NAE_ERA_R-1765_ENSV_Kirjanike_Liit_1945-1955, lk 139
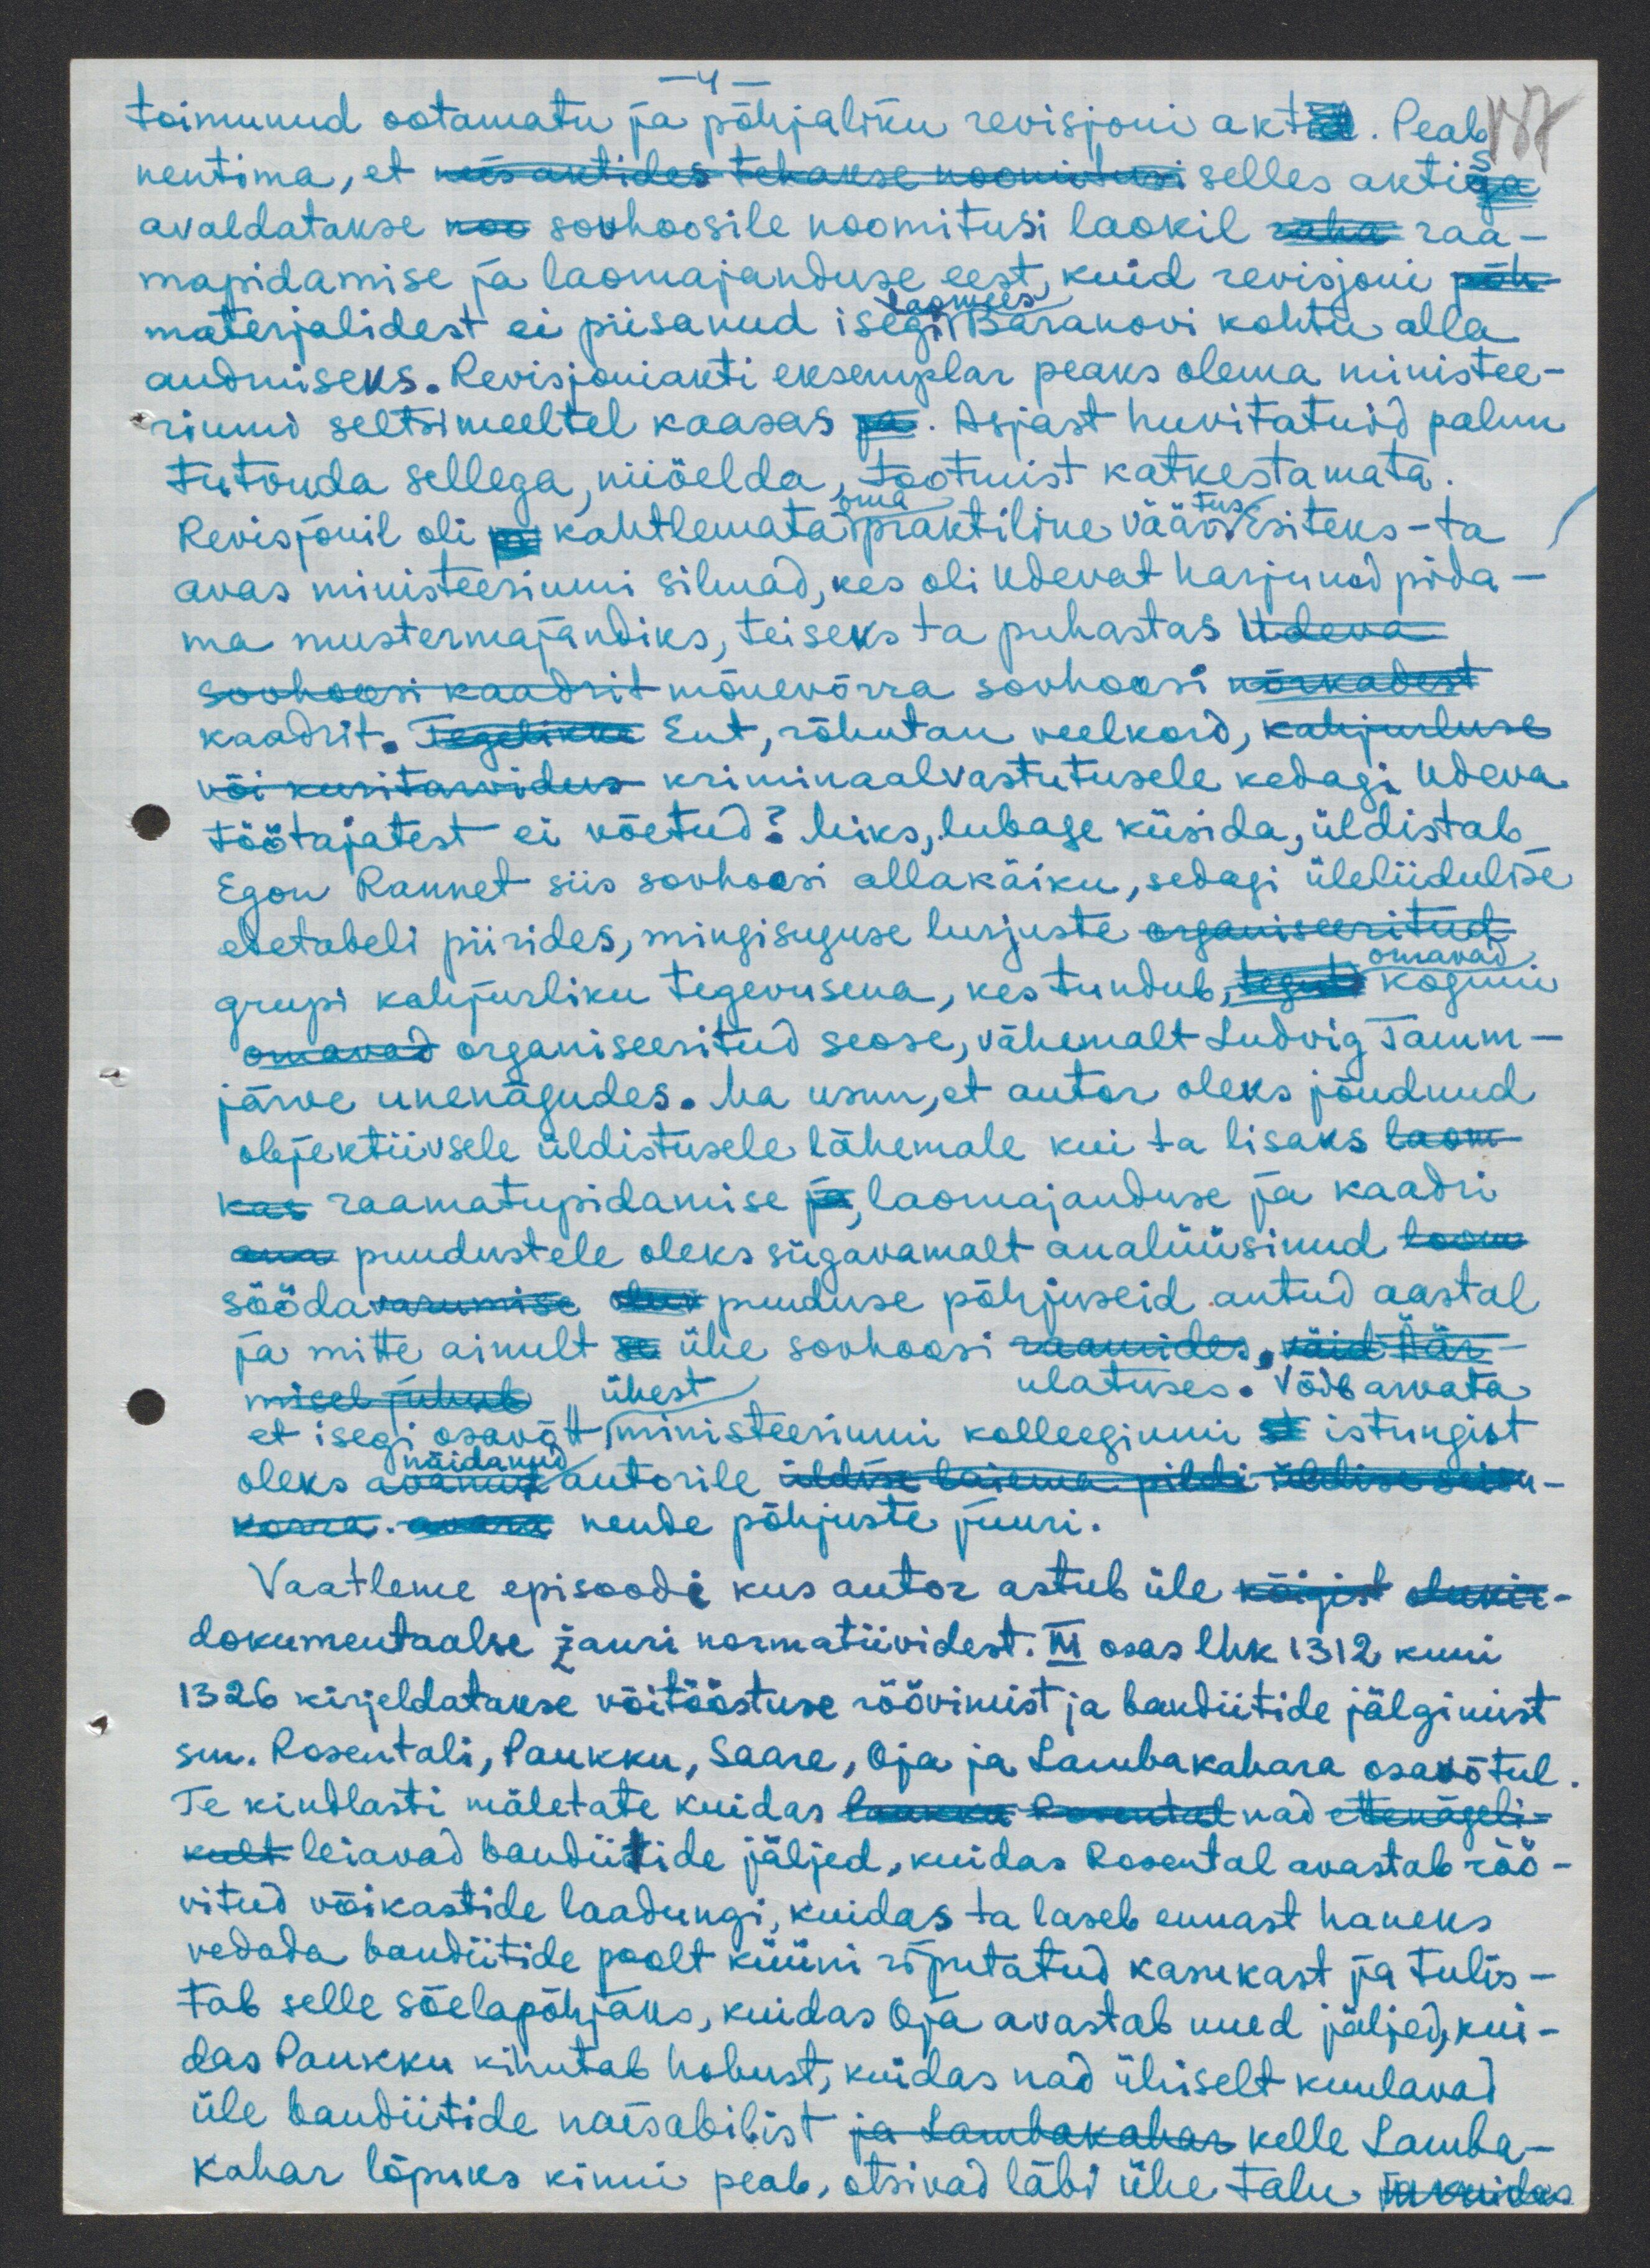
toimunud ootamatu ja põhjaliku revisjonv aktid. Peab
nentima, et neis aktides tehakse noomitusi selles aktiga
avaldatakse noo sovhoosile noomitusi laokil raha raa-
mapidamise ja laomajanduse eest, kuid revisjoni põ
laomees
materjalidest ei piisanud isegi Baranovi kohtu alla
andmiseks. Revisjoniakti eksemplar peaks olema ministee-
riumi seltsimeeltel kaasas pa. Asjast huvitatuid palun
tutvuda sellega, niiöelda puid tootmist katkestamata
Revisjonil oli pr kahtlemata praktiline väär esiteks - ta
avas ministeeriumi silmad, kes oli Udevat harjunud pida-
ma mustermajandiks, teiseks ta puhastas Udeva
sovhoosi kaadrit mõnevõrra sovhoosi nõrkadest
kaadrit. Tegelikku Ent, rõhutan veelkord, kahjustuse
vöi kuritarvidus kriminaalvastutusele kedagi Udeva
töötajatest ei võetud? Miks, lubage küsida, üldistab
Egon Rannet siis sovhoosi allakäiku, sedagi üleliidulise
edetabeli piirides, mingisuguse lurjuste organiseeritud
omavad
grupi kahjurliku tegevusena, kes tundub teguts koguni
omavad organiseeritud seose, vähemalt Ludvig Tamm-
järve unenägudes. Ma usun, et autor oleks jõudnud
objektiivsele üldistusele lähemale kui ta lisaks laom
kas raamatupidamise ja laomajanduse ja kaadri
ana puudustele oleks sügavamalt analüüsinud loom
söödavarumise olev puuduse põhjuseid antud aastal
ja mitte ainult se ühe sovhoosi raamides, väid Äär
misel puhul ühest ulatuses. Võib arvata
et isegi osavõtt ministeeriumi kolleegiumi st eeistungist
näidanud
oleks avanud autorile üldise laiema pildi üldise seisu-
korra. avan nende põhjuste juuri.
Vaatleme episoodi kus autor astub üle köigist olukir-
dokumentaalse žanri normatiividest. III osas lhk 1312 kuni
1326 kirjeldatakse võitööstuse rõõvimist ja bandiitide jälgimist
sm. Rosentali, Paukku, Saare, Oja ja Lambakahara osavõtul
Te kindlasti mäletate kuidas Paukku Rosental nad ettenägeli-
kult leiavad bandiitide jäljed, kuidas Rosental avastab röö-
vitud võikastide laadungi, kuidas ta laseb ennast haueks
vedada bandiitide poolt küüni riputatud kasukast ja tulis-
tab selle sõelapõhjaks, kuidas Oja avastab uued jäljed, kui-
das Paukku kihutab hobust, kuidas nad ühiselt kuulavad
üle bandiitide naisabilist ja Lambakahar kelle Lamba
kahar lõpuks kinni peab, otsivad läbi ühe talu saomidas